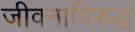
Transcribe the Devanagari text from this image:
जीवनाविरुद्ध